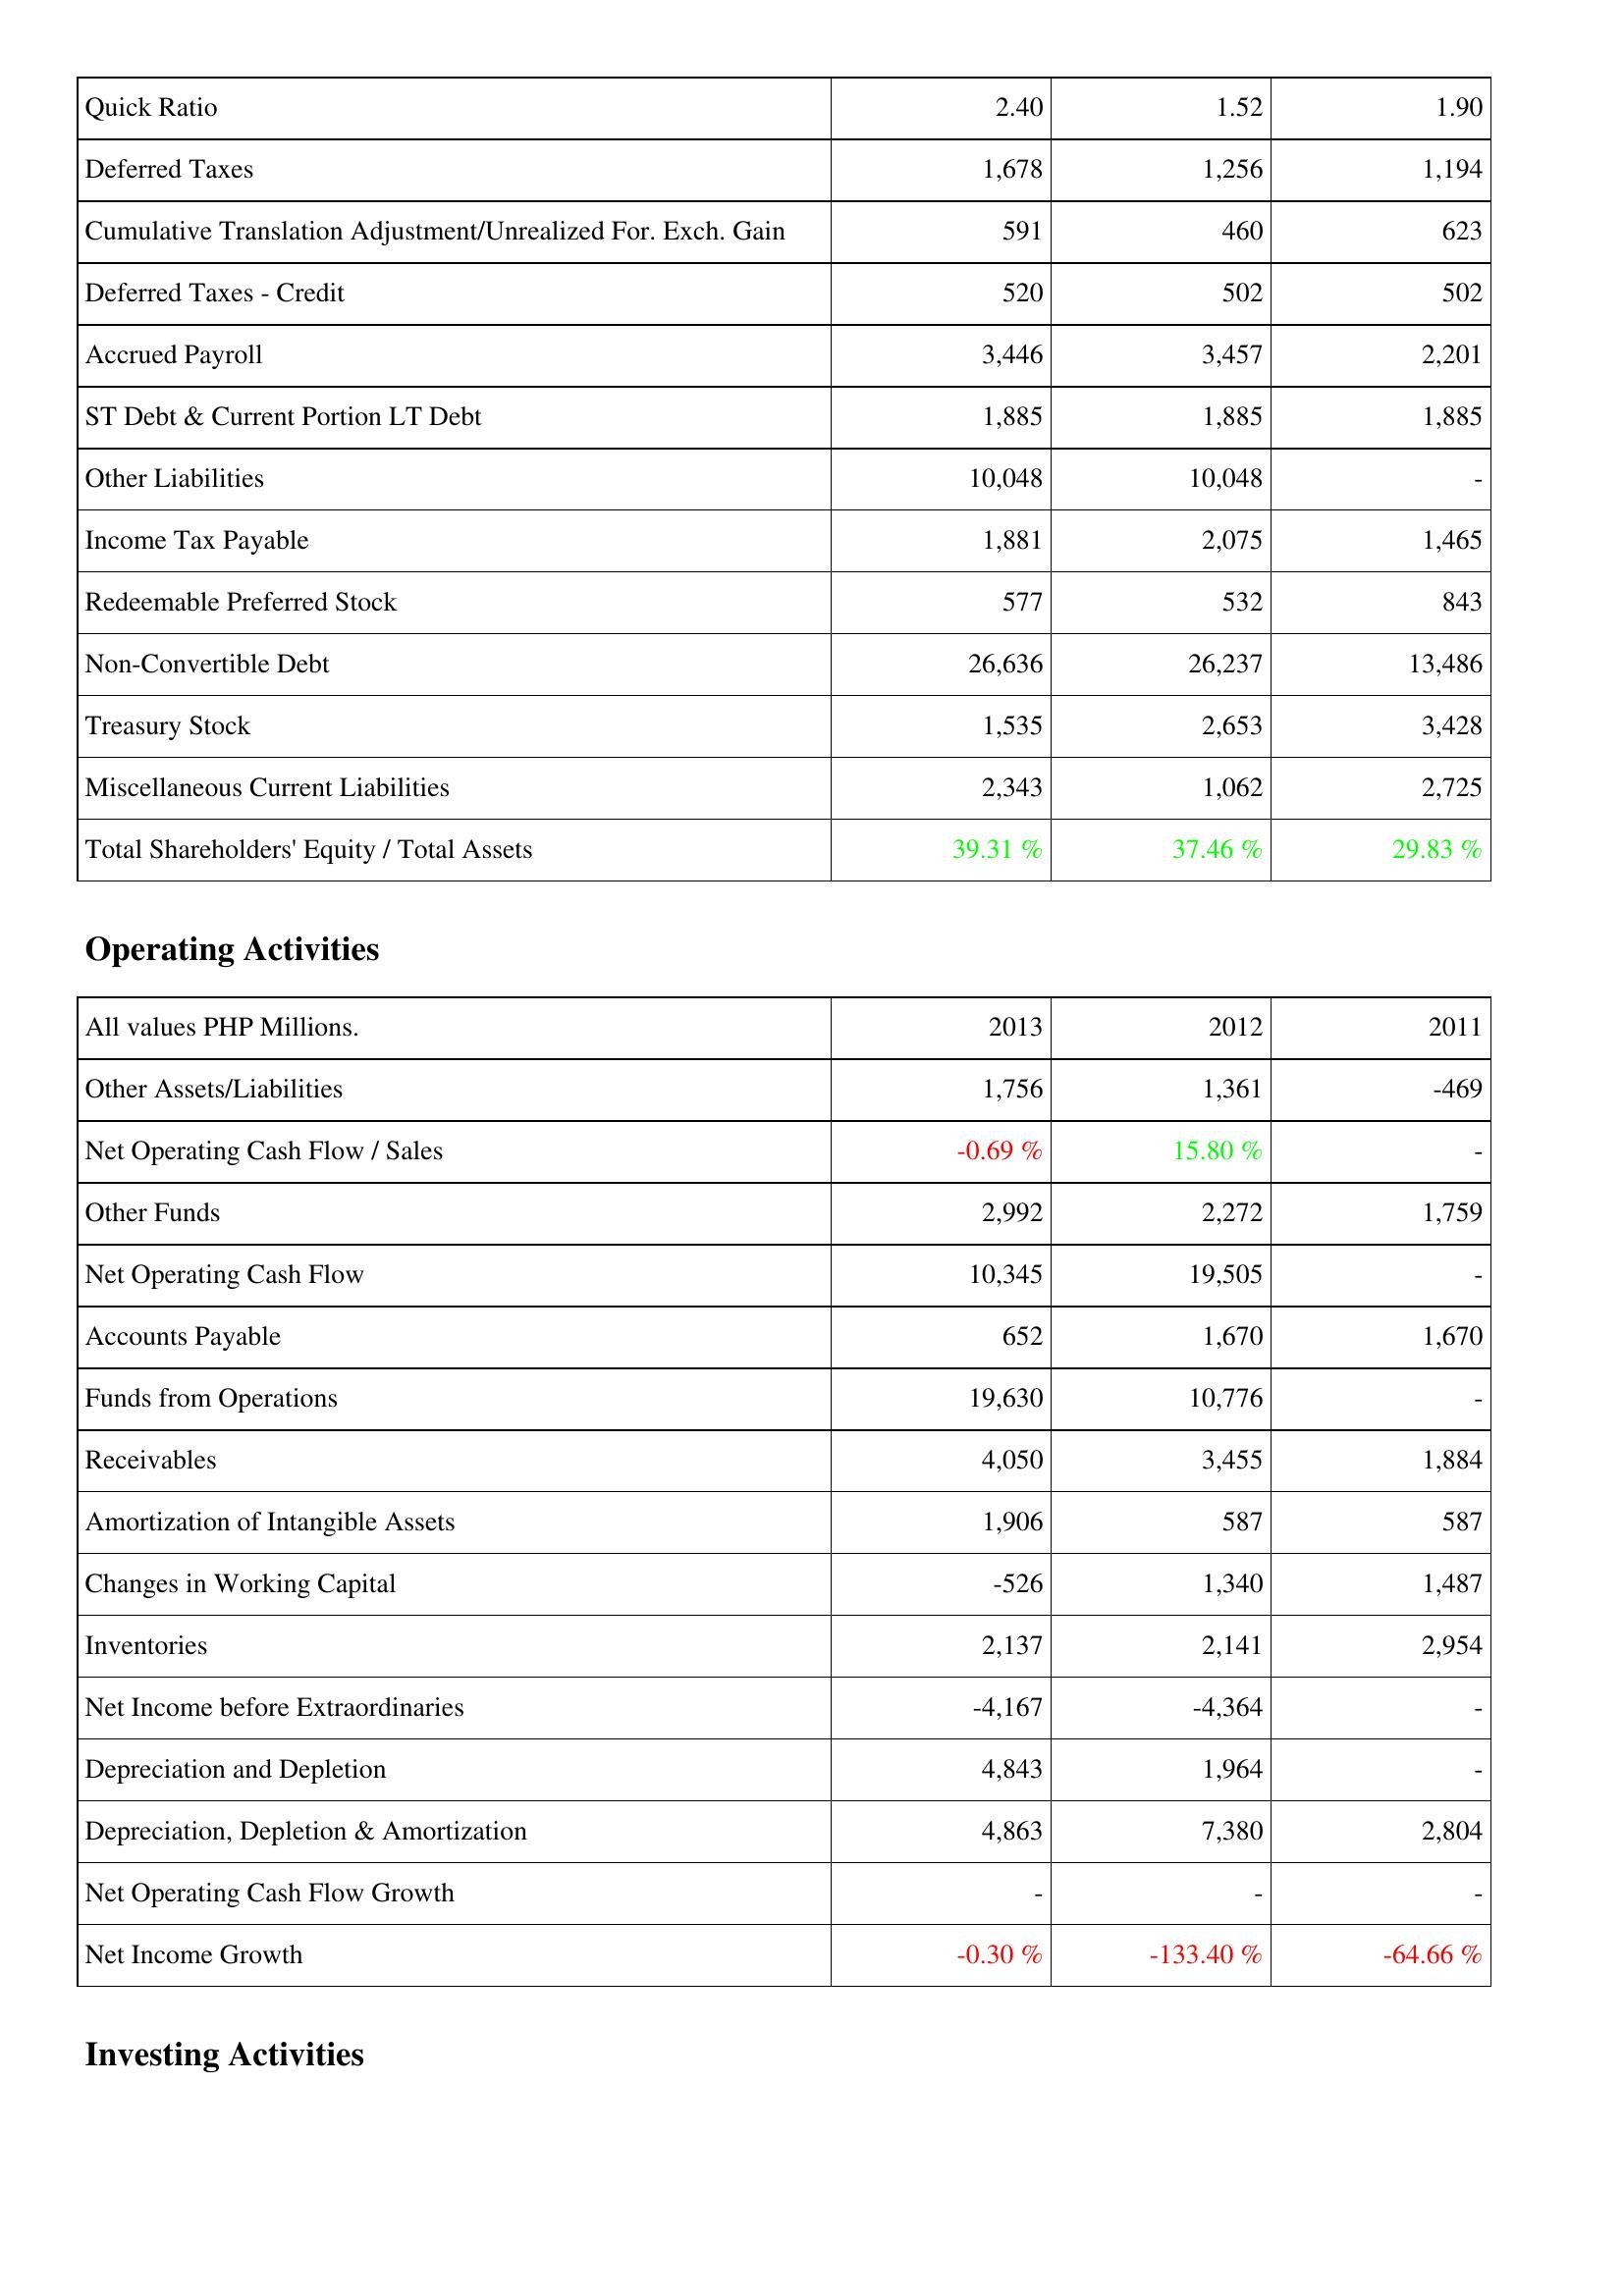
2013: Liabilities & Shareholders' Equity: Quick Ratio: 2.40
Deferred Taxes: 1,678
Cumulative Translation Adjustment/Unrealized For. Exch. Gain: 591
Deferred Taxes - Credit: 520
Accrued Payroll: 3,446
ST Debt & Current Portion LT Debt: 1,885
Other Liabilities: 10,048
Income Tax Payable: 1,881
Redeemable Preferred Stock: 577
Non-Convertible Debt: 26,636
Treasury Stock: 1,535
Miscellaneous Current Liabilities: 2,343
Total Shareholders' Equity / Total Assets: 39.31 %
Operating Activities: Other Assets/Liabilities: 1,756
Net Operating Cash Flow / Sales: -0.69 %
Other Funds: 2,992
Net Operating Cash Flow: 10,345
Accounts Payable: 652
Funds from Operations: 19,630
Receivables: 4,050
Amortization of Intangible Assets: 1,906
Changes in Working Capital: -526
Inventories: 2,137
Net Income before Extraordinaries: -4,167
Depreciation and Depletion: 4,843
Depreciation, Depletion & Amortization: 4,863
Net Operating Cash Flow Growth: -
Net Income Growth: -0.30 %
2012: Liabilities & Shareholders' Equity: Quick Ratio: 1.52
Deferred Taxes: 1,256
Cumulative Translation Adjustment/Unrealized For. Exch. Gain: 460
Deferred Taxes - Credit: 502
Accrued Payroll: 3,457
ST Debt & Current Portion LT Debt: 1,885
Other Liabilities: 10,048
Income Tax Payable: 2,075
Redeemable Preferred Stock: 532
Non-Convertible Debt: 26,237
Treasury Stock: 2,653
Miscellaneous Current Liabilities: 1,062
Total Shareholders' Equity / Total Assets: 37.46 %
Operating Activities: Other Assets/Liabilities: 1,361
Net Operating Cash Flow / Sales: 15.80 %
Other Funds: 2,272
Net Operating Cash Flow: 19,505
Accounts Payable: 1,670
Funds from Operations: 10,776
Receivables: 3,455
Amortization of Intangible Assets: 587
Changes in Working Capital: 1,340
Inventories: 2,141
Net Income before Extraordinaries: -4,364
Depreciation and Depletion: 1,964
Depreciation, Depletion & Amortization: 7,380
Net Operating Cash Flow Growth: -
Net Income Growth: -133.40 %
2011: Liabilities & Shareholders' Equity: Quick Ratio: 1.90
Deferred Taxes: 1,194
Cumulative Translation Adjustment/Unrealized For. Exch. Gain: 623
Deferred Taxes - Credit: 502
Accrued Payroll: 2,201
ST Debt & Current Portion LT Debt: 1,885
Other Liabilities: -
Income Tax Payable: 1,465
Redeemable Preferred Stock: 843
Non-Convertible Debt: 13,486
Treasury Stock: 3,428
Miscellaneous Current Liabilities: 2,725
Total Shareholders' Equity / Total Assets: 29.83 %
Operating Activities: Other Assets/Liabilities: -469
Net Operating Cash Flow / Sales: -
Other Funds: 1,759
Net Operating Cash Flow: -
Accounts Payable: 1,670
Funds from Operations: -
Receivables: 1,884
Amortization of Intangible Assets: 587
Changes in Working Capital: 1,487
Inventories: 2,954
Net Income before Extraordinaries: -
Depreciation and Depletion: -
Depreciation, Depletion & Amortization: 2,804
Net Operating Cash Flow Growth: -
Net Income Growth: -64.66 %